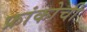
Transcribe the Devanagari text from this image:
फ्रांकोची